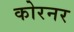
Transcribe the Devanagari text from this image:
कोरनर